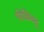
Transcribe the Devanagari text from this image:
पोळिवदु